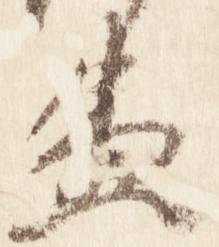
兼